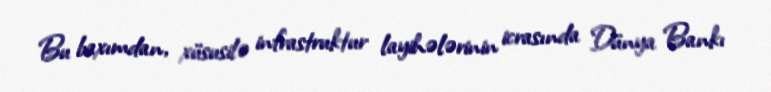
Bu baxımdan, xüsusilə infrastruktur layihələrinin icrasında Dünya Bankı